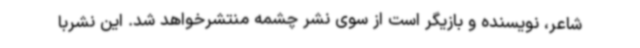
شاعر، نویسنده و بازیگر است از سوی نشر چشمه منتشرخواهد شد. این نشربا